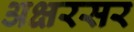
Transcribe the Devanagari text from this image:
अक्षरसर